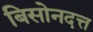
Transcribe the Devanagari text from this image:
बिसोनदत्त